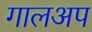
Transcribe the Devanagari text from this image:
गालअप